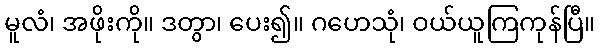
မူလံ၊ အဖိုးကို။ ဒတွာ၊ ပေး၍။ ဂဟေသုံ၊ ဝယ်ယူကြကုန်ပြီ။